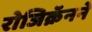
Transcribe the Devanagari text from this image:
रोजिक्रॅनने